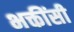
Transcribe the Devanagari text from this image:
भक्तींसी